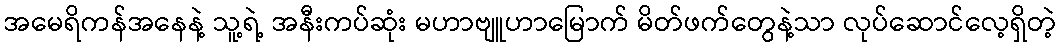
အမေရိကန်အနေနဲ့ သူ့ရဲ့ အနီးကပ်ဆုံး မဟာဗျူဟာမြောက် မိတ်ဖက်တွေနဲ့သာ လုပ်ဆောင်လေ့ရှိတဲ့